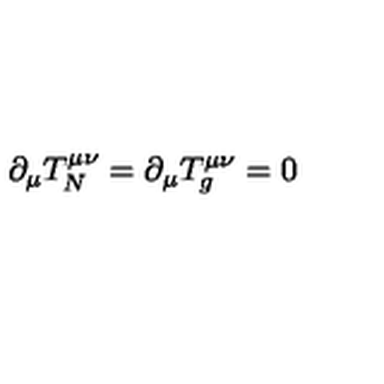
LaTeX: \partial _ { \mu } T _ { N } ^ { \mu \nu } = \partial _ { \mu } T _ { g } ^ { \mu \nu } = 0